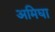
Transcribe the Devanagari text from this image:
अमिघा